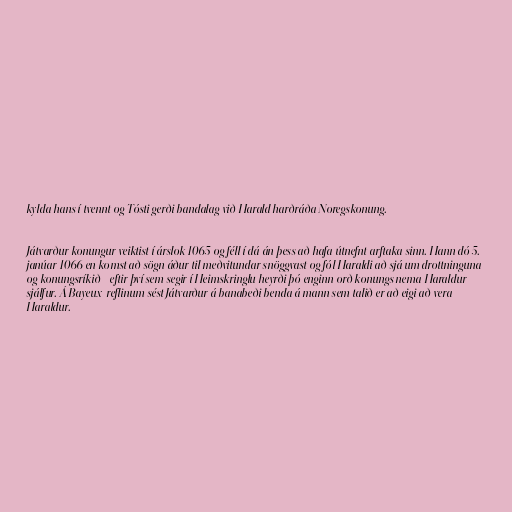
kylda hans í tvennt og Tósti gerði bandalag við Harald harðráða Noregskonung.

Játvarður konungur veiktist í árslok 1065 og féll í dá án þess að hafa útnefnt arftaka sinn. Hann dó 5.
janúar 1066 en komst að sögn áður til meðvitundar snöggvast og fól Haraldi að sjá um drottninguna
og konungsríkið - eftir því sem segir í Heimskringlu heyrði þó enginn orð konungs nema Haraldur
sjálfur. Á Bayeux-reflinum sést Játvarður á banabeði benda á mann sem talið er að eigi að vera
Haraldur.